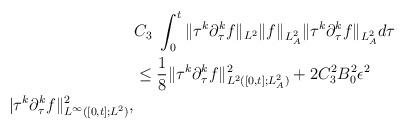
LaTeX: \begin{align*}&C_3\ \int^t_0\|\tau^{k}\partial^{k}_\tau f\|_{L^2}\| f\|_{L^2_A}\|\tau^k\partial^k_\tau f\|_{L^2_A}d\tau\\&\le \frac{1}{8}\|\tau^k\partial^k_\tau f\|^2_{L^2([0,t];L^2_A)}+2C^2_3 B^2_0\epsilon^2\\|\tau^{k}\partial^{k}_\tau f\|^2_{L^\infty([0, t]; L^2)},\end{align*}